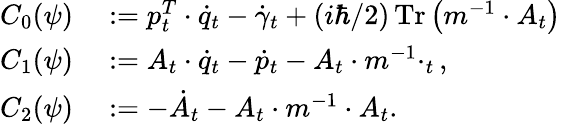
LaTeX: \begin{array}{rl}{C_{0}(\psi)}&{{}:=p_{t}^{T}\cdot\dot{q}_{t}-\dot{\gamma}_{t}+(i\hbar/2)\operatorname*{Tr}\left(m^{-1}\cdot A_{t}\right)}\\ {C_{1}(\psi)}&{{}:=A_{t}\cdot\dot{q}_{t}-\dot{p}_{t}-A_{t}\cdot m^{-1}\cdotp_{t},}\\ {C_{2}(\psi)}&{{}:=-\dot{A}_{t}-A_{t}\cdot m^{-1}\cdot A_{t}.}\end{array}